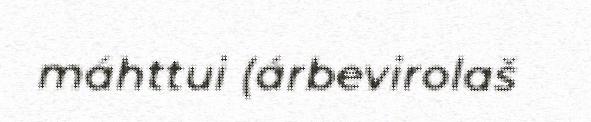
máhttui (árbevirolaš